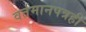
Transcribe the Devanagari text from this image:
वर्तमानपत्रही